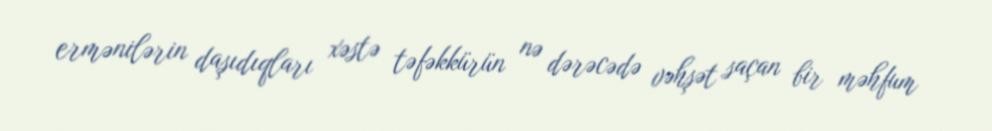
ermənilərin daşıdıqları xəstə təfəkkürün nə dərəcədə vəhşət saçan bir məhfum